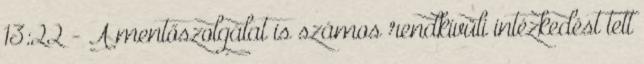
13:22 - A mentőszolgálat is számos rendkívüli intézkedést tett